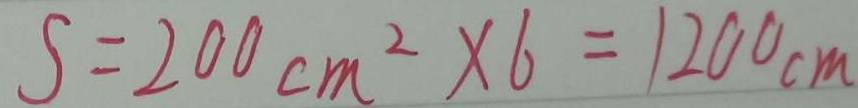
S = 2 0 0 c m ^ { 2 } \times 6 = 1 2 0 0 c m